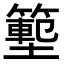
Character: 𭐃